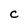
Character: C